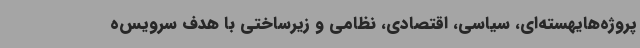
پروژه‌هایهسته‌ای، سیاسی، اقتصادی، نظامی و زیرساختی با هدف سرویس‌ه